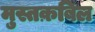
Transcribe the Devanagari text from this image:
मुस्तक़बिल